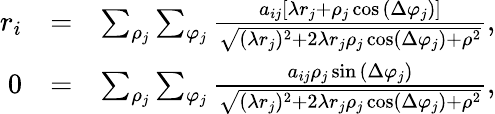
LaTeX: \begin{array}{rlr}{r_{i}}&{=}&{\sum_{\rho_{j}}\sum_{\varphi_{j}}\frac{a_{ij}\left[\lambda r_{j}+\rho_{j}\cos{\left(\Delta\varphi_{j}\right)}\right]}{\sqrt{(\lambda r_{j})^{2}+2\lambda r_{j}\rho_{j}\cos\left(\Delta\varphi_{j}\right)+\rho^{2}}},}\\ {0}&{=}&{\sum_{\rho_{j}}\sum_{\varphi_{j}}\frac{a_{ij}\rho_{j}\sin{\left(\Delta\varphi_{j}\right)}}{\sqrt{(\lambda r_{j})^{2}+2\lambda r_{j}\rho_{j}\cos\left(\Delta\varphi_{j}\right)+\rho^{2}}},}\end{array}